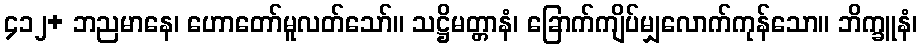
၄၁၂+ ဘညမာနေ၊ ဟောတော်မူလတ်သော်။ သဋ္ဌိမတ္တာနံ၊ ခြောက်ကျိပ်မျှလောက်ကုန်သော။ ဘိက္ခူနံ၊